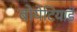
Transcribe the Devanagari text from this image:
बोयेटियाई